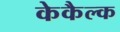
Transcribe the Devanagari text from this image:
केकैल्क